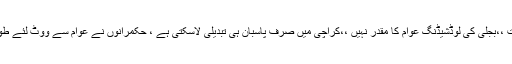
ٹوٹی پھوٹی سڑکیں ،کچروں کے ڈھیر ،گندگی ،،پانی کی قلت ،،بجلی کی لوڈشیڈنگ عوام کا مقدر نہیں ،،کراچی میں صرف پاسبان ہی تبدیلی لاسکتی ہے ، حکمرانوں نے عوام سے ووٹ لئے طویل عرصہ اقتدار کے مزے لئے مگر عوام کو کچھ نہیں دیا ۔